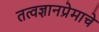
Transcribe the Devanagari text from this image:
तत्वज्ञानप्रेमाचे